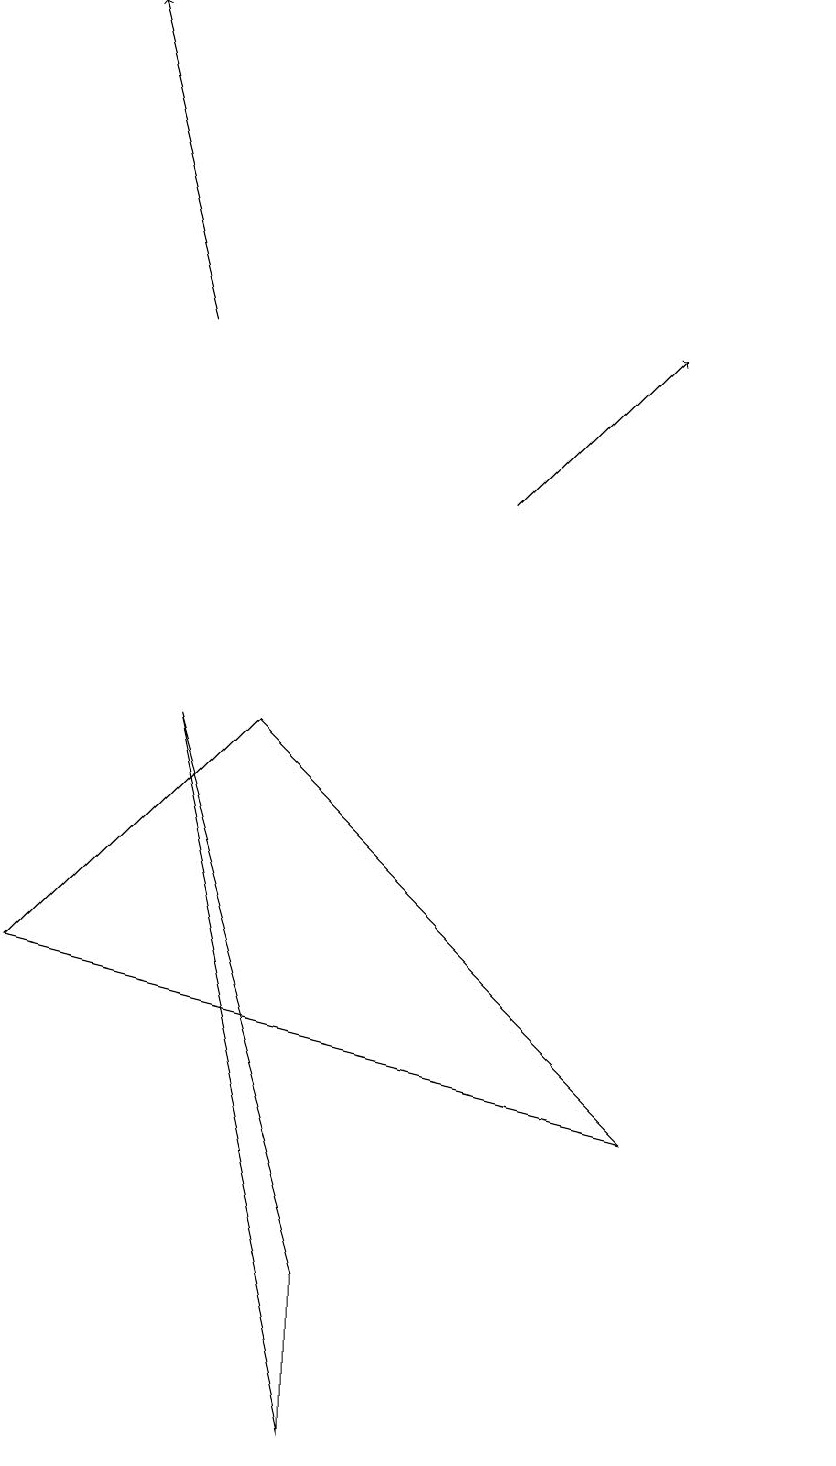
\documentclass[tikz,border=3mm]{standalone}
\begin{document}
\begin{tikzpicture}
\draw[->] (6,12) -- (8,14);
\draw[->] (2,14) -- (1,18);
\draw (0,6) -- (3,9) -- (8,4) -- cycle;
\draw (10,11) circle (0);
\draw (2,9) -- (4,2) -- (4,0) -- cycle;
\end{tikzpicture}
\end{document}